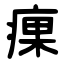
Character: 㾧